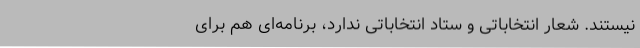
نیستند. شعار انتخاباتی و ستاد انتخاباتی ندارد، برنامه‌ای هم برای